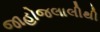
જાહોજલાલીથી